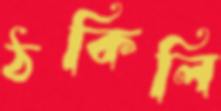
ঠকিলি